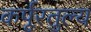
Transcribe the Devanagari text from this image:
कर्पूरतुल्य